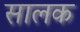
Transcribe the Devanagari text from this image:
सालक